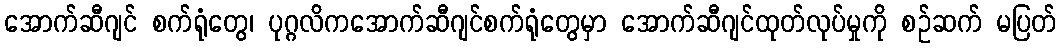
အောက်ဆီဂျင် စက်ရုံတွေ၊ ပုဂ္ဂလိကအောက်ဆီဂျင်စက်ရုံတွေမှာ အောက်ဆီဂျင်ထုတ်လုပ်မှုကို စဉ်ဆက် မပြတ်